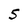
Character: S